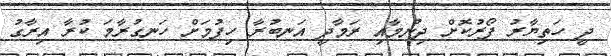
ދީ ހަތިޔާރު ފޯރުކޮށް ދިނުމާއި ރަމާދީ އަނބުރާ ހިފުމަށް ހަނގުރާމަ ކުރާ އިރާގު